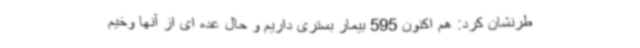
طرنشان کرد: هم اکنون 595 بیمار بستری داریم و حال عده ای از آنها وخیم